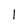
Character: 1